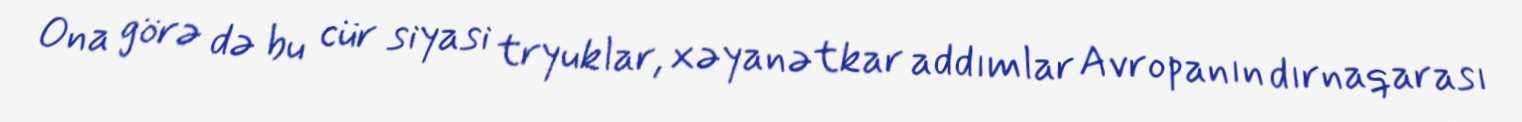
Ona görə də bu cür siyasi tryuklar, xəyanətkar addımlar Avropanın dırnaqarası